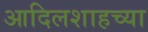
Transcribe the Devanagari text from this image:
आदिलशाहच्या